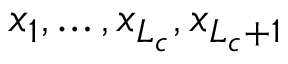
x _ { 1 } , \dots , x _ { L _ { c } } , x _ { L _ { c } + 1 }